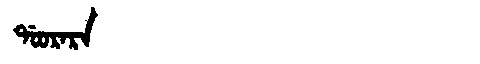
Manchu: ᡩᠣᠣᡵᠠᡵᠠ
Romanization: DOORARA